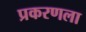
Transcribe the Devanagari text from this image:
प्रकरणला